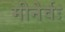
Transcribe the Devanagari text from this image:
मीनेर्वः